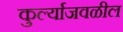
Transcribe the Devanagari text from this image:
कुर्ल्याजवळील